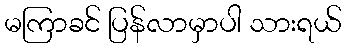
မကြာခင် ပြန်လာမှာပါ သားရယ်